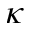
\kappa